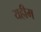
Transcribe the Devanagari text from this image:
यहीम